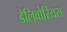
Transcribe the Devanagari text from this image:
डेलिवोरियस